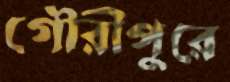
গৌরীপুরে